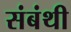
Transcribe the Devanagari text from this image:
संबंथी